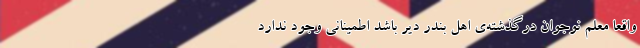
واقعا معلم نوجوان درگذشته‌ی اهل بندر دیّر باشد اطمینانی وجود ندارد